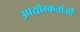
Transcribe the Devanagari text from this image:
उपयोग्कर्ताओं